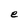
Character: e